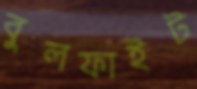
বুলফাইট